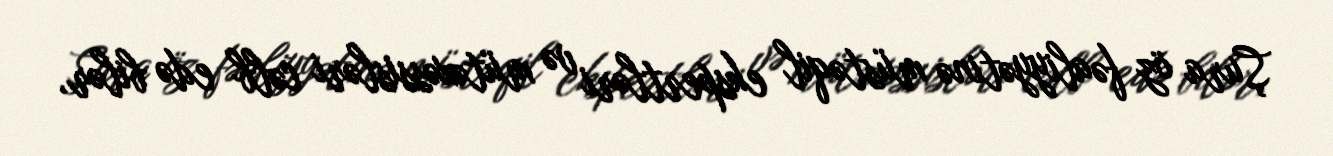
Şura öz fəaliyyətinə müstəqil ekspertləri və mütəxəssisləri cəlb edə bilər,